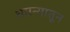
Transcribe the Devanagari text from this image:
धमन्यातून